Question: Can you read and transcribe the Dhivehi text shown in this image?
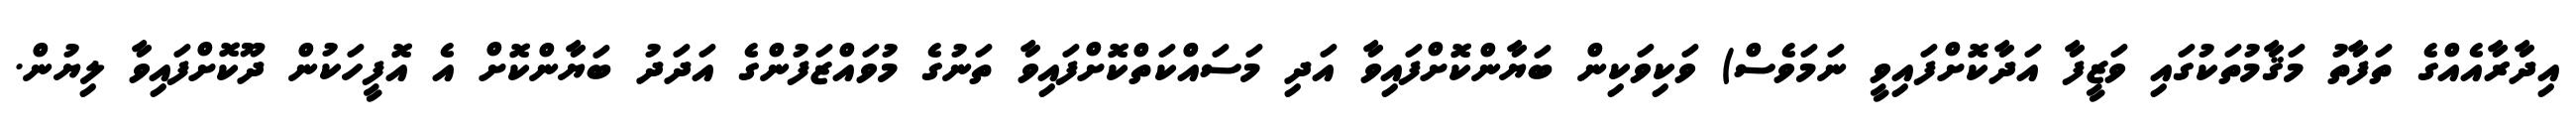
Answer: އިދާރާއެއްގެ ތަފާތު މަޤާމުތަކުގައި ވަޒީފާ އަދާކޮށްފައިވީ ނަމަވެސް) ވަކިވަކިން ބަޔާންކޮށްފައިވާ އަދި މަސައްކަތްކޮށްފައިވާ ތަނުގެ މުވައްޒަފުންގެ އަދަދު ބަޔާންކޮށް އެ އޮފީހަކުން ދޫކޮށްފައިވާ ލިޔުން.